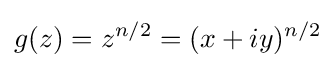
g(z)=z^{n/2}=(x+iy)^{n/2}